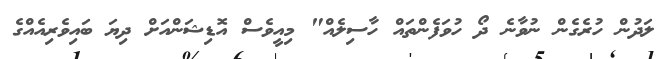
ލަދުން ހުރެގެން ނުވާނެ ދޯ ހުވަފެންތައް ހާސިލެއް" މިއީވެސް އޮޑިޝަންއަށް ދިޔަ ބައިވެރިއެއްގެ